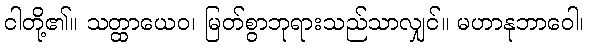
ငါတို့၏။ သတ္ထာယေဝ၊ မြတ်စွာဘုရားသည်သာလျှင်။ မဟာနုဘာဝေါ၊